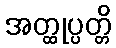
အတ္ထုပ္ပတ္တိ